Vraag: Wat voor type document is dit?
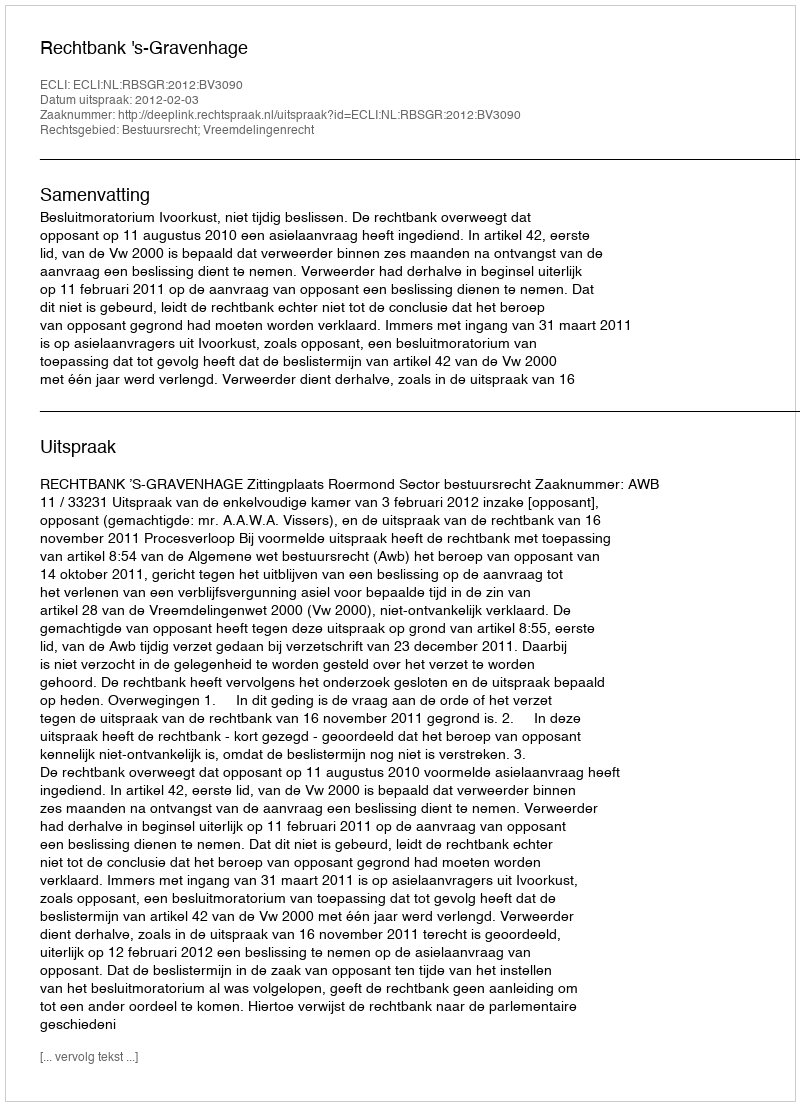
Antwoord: Uitspraak